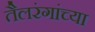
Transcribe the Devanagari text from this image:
तैलरंगांच्या